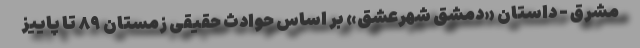
مشرق - داستان «دمشق شهرعشق» بر اساس حوادث حقیقی زمستان ۸۹ تا پاییز